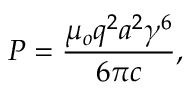
P = { \frac { \mu _ { o } q ^ { 2 } a ^ { 2 } \gamma ^ { 6 } } { 6 \pi c } } ,